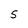
Character: 5